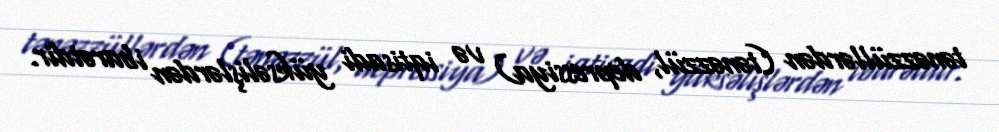
tənəzzüllərdən (tənəzzül, depressiya) və iqtisadi yüksəlişlərdən ibarətdir.